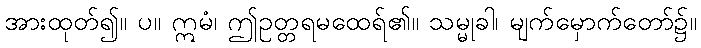
အားထုတ်၍။ ပ။ ဣမံ၊ ဤဥတ္တရမထေရ်၏။ သမ္မုခါ၊ မျက်မှောက်တော်၌။